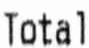
TOTAL